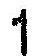
1